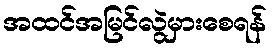
အထင်အမြင်လွဲမှားစေရန်